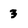
Character: 3